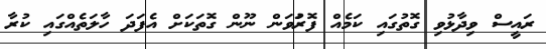
ރައީސް ވިދާޅުވި ގޮތުގައި ކަމެއް ފޮރުަވަން ނޫން ގޮތަކަށް އެފަދަ ހާލަތެއްގައި ކުރާ